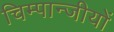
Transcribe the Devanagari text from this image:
चिम्पान्जीयों